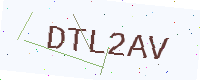
Text: DTL2AV